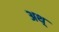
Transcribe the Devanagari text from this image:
अथ़्